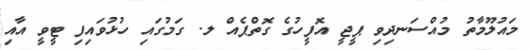
މައުލޫމާތު މުއްސަނދިވި ޕީޖީ އޮފީހުގެ ގޮތްޕެއް ލ. ގަމުގައި ހުޅުވައިފި ޓީވީ އާއި